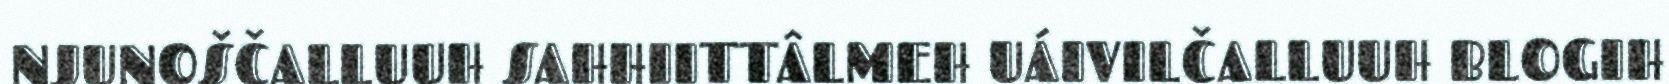
NJUNOŠČALLUUH SAHHIITTÂLMEH UÁIVILČALLUUH BLOGIH